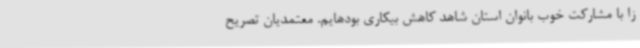
زا با مشارکت خوب بانوان استان شاهد کاهش بیکاری بودهایم. معتمدیان تصریح